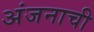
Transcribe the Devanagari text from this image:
अंजनाची